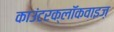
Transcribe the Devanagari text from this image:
काउंटरक्लॉकवाइज़